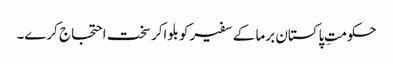
حکومتِ پاکستان برما کے سفیرکو بلواکر سخت احتجاج کرے۔